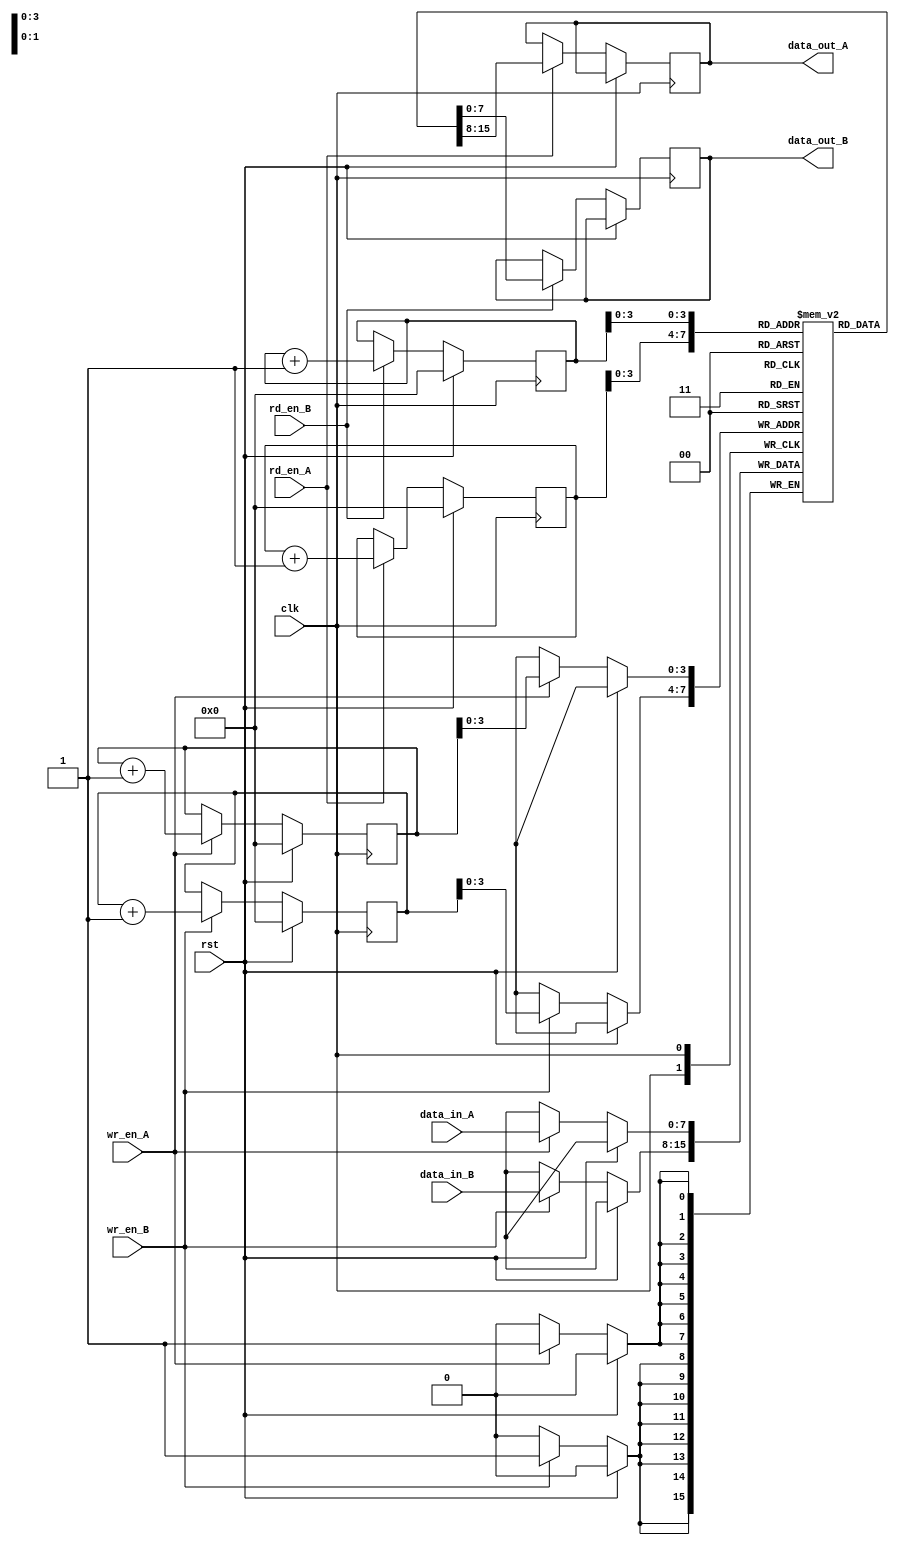
module dual_port_fifo (
    input wire clk,
    input wire rst,

    // Port A
    input wire [DATA_WIDTH-1:0] data_in_A,
    input wire wr_en_A,
    output reg [DATA_WIDTH-1:0] data_out_A,
    input wire rd_en_A,

    // Port B
    input wire [DATA_WIDTH-1:0] data_in_B,
    input wire wr_en_B,
    output reg [DATA_WIDTH-1:0] data_out_B,
    input wire rd_en_B
);

parameter DEPTH = 16; // Depth of FIFO buffer
parameter DATA_WIDTH = 8; // Width of data bus

reg [DATA_WIDTH-1:0] fifo_buffer [0:DEPTH-1];
reg [DATA_WIDTH-1:0] read_ptr_A;
reg [DATA_WIDTH-1:0] write_ptr_A;
reg [DATA_WIDTH-1:0] read_ptr_B;
reg [DATA_WIDTH-1:0] write_ptr_B;

// Timing control and synchronization blocks
// Insert timing control and synchronization logic here

always @(posedge clk) begin
    if (rst) begin
        read_ptr_A <= 0;
        write_ptr_A <= 0;
        read_ptr_B <= 0;
        write_ptr_B <= 0;
    end else begin
        // Port A write
        if (wr_en_A) begin
            fifo_buffer[write_ptr_A] <= data_in_A;
            write_ptr_A <= write_ptr_A + 1;
        end

        // Port B write
        if (wr_en_B) begin
            fifo_buffer[write_ptr_B] <= data_in_B;
            write_ptr_B <= write_ptr_B + 1;
        end

        // Port A read
        if (rd_en_A) begin
            data_out_A <= fifo_buffer[read_ptr_A];
            read_ptr_A <= read_ptr_A + 1;
        end

        // Port B read
        if (rd_en_B) begin
            data_out_B <= fifo_buffer[read_ptr_B];
            read_ptr_B <= read_ptr_B + 1;
        end
    end
end

endmodule